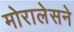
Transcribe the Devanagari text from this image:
मोरालेसने